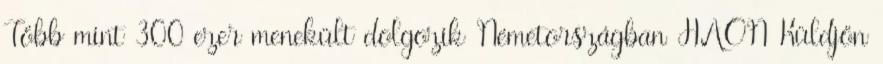
Több mint 300 ezer menekült dolgozik Németországban HAON Küldjön